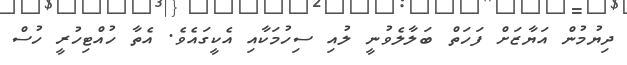
ދިޔުމުން އަޔާޒަށް ފަހަތް ބަލާލެވުނީ ލުއި ސިހުމަކާއި އެކީގައެވެ. އެތާ ހުއްޓިހުރީ ހުސް